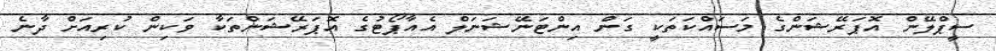
ސީޕްލޭން އޮޕަރޭޝަންގެ މަސައްކަތަކީ ގަން އިންޓަނޭޝަނަލް އެއާޕޯޓުގެ އޮޕަރޭޝަންތަކާ ވަކިން ކުރިއަށް ދާނެ